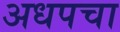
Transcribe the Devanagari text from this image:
अधपचा